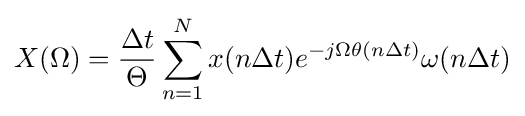
X(\Omega )={\frac {\Delta t}{\Theta }}\sum _{n=1}^{N}x(n\Delta t)e^{-j\Omega \theta (n\Delta t)}\omega (n\Delta t)